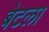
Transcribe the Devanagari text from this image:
बेटला